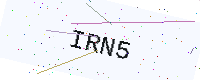
Text: IRN5